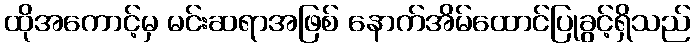
ထိုအကောင့်မှ မင်းဆရာအဖြစ် နောက်အိမ်ထောင်ပြုခွင့်ရှိသည်